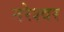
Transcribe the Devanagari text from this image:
नरेश्वर